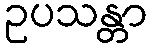
ဥပသန္တာ